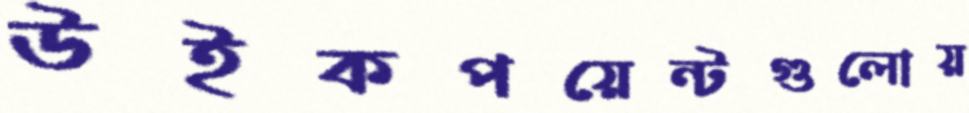
উইকপয়েন্টগুলোয়